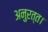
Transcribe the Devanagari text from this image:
अनुरत्त।